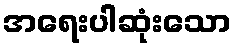
အရေးပါဆုံးသော